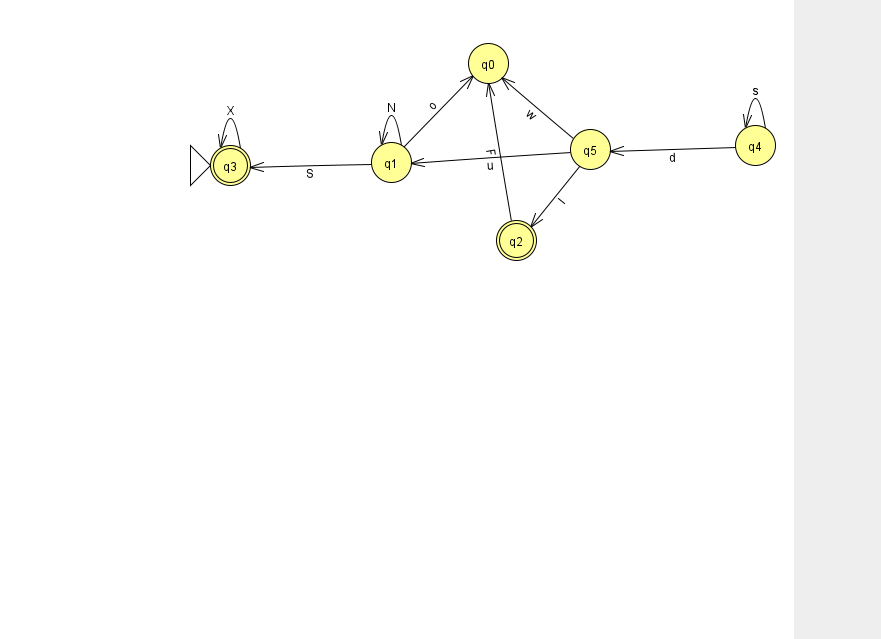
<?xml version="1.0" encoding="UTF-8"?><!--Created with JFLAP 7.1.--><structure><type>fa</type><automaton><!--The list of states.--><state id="0" name="q0"><x>488.0</x><y>50.0</y></state><state id="1" name="q1"><x>391.0</x><y>149.0</y></state><state id="2" name="q2"><x>516.0</x><y>227.0</y><final/></state><state id="3" name="q3"><x>230.0</x><y>152.0</y><initial/><final/></state><state id="4" name="q4"><x>755.0</x><y>132.0</y></state><state id="5" name="q5"><x>590.0</x><y>136.0</y></state><!--The list of transitions.--><transition><from>5</from><to>0</to><read>w</read></transition><transition><from>4</from><to>4</to><read>s</read></transition><transition><from>5</from><to>2</to><read>I</read></transition><transition><from>1</from><to>0</to><read>o</read></transition><transition><from>1</from><to>3</to><read>S</read></transition><transition><from>3</from><to>3</to><read>X</read></transition><transition><from>5</from><to>1</to><read>u</read></transition><transition><from>4</from><to>5</to><read>d</read></transition><transition><from>1</from><to>1</to><read>N</read></transition><transition><from>2</from><to>0</to><read>F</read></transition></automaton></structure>